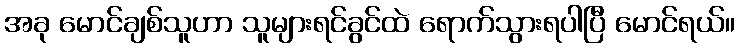
အခု မောင်ချစ်သူဟာ သူများရင်ခွင်ထဲ ရောက်သွားရပါပြီ မောင်ရယ်။